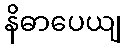
နိဓာပေယျ